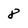
Character: 8